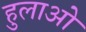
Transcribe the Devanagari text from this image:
हुलाओ